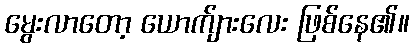
မွေးလာတော့ ယောက်ျားလေး ဖြစ်နေ၏။